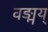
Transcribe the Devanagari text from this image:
वङ्मय्